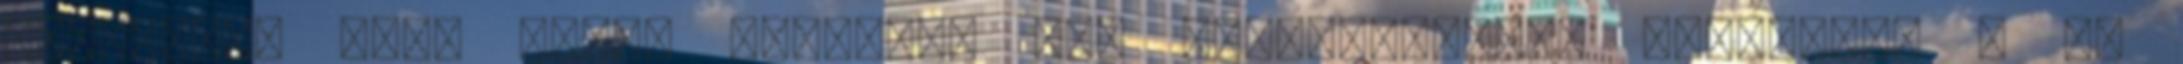
szerintem elég sokan vágytunk egy multiplayeres falloutra . És